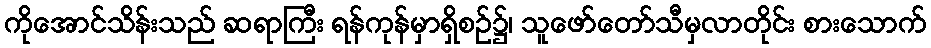
ကိုအောင်သိန်းသည် ဆရာကြီး ရန်ကုန်မှာရှိစဉ်၌၊ သူဖော်တော်သီမှလာတိုင်း စားသောက်